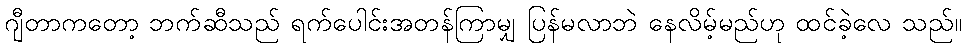
ဂျီတာကတော့ ဘက်ဆီသည် ရက်ပေါင်းအတန်ကြာမျှ ပြန်မလာဘဲ နေလိမ့်မည်ဟု ထင်ခဲ့လေ သည်။